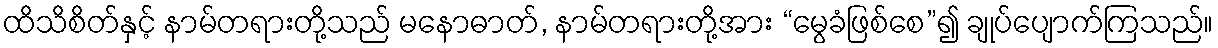
ထိသိစိတ်နှင့် နာမ်တရားတို့သည် မနောဓာတ်, နာမ်တရားတို့အား “မွေခံဖြစ်စေ”၍ ချုပ်ပျောက်ကြသည်။